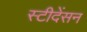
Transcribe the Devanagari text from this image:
स्टीदेंसन